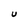
Character: U